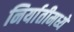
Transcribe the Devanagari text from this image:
निर्यातीमध्ये